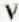
V